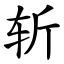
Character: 斩